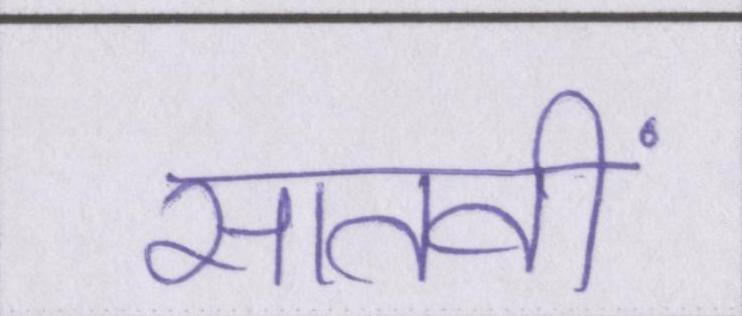
सातवीं